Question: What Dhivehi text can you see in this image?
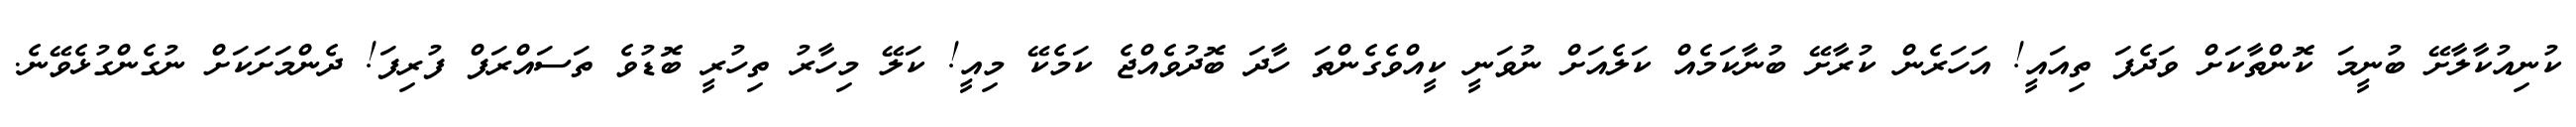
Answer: ކުނިއުކާލާށޭ ބުނީމަ ކޮންތާކަށް ވަދެފަ ތިއައީ! އަހަރެން ކުރާށޭ ބުނާކަމެއް ކަލެއަށް ނުވަނީ ކީއްވެގެންތަ ހާދަ ބޮދުވެއްޖެ ކަމެކޭ މިއީ! ކަލޭ މިހާރު ތިހުރީ ބޮޑުވެ ތަސައްރަފް ފުރިފަ! ދެންމަށަކަށް ނުގެންގުޅެވޭނެ.